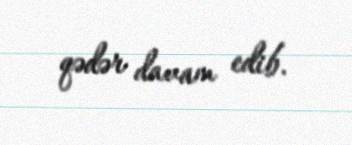
qədər davam edib.